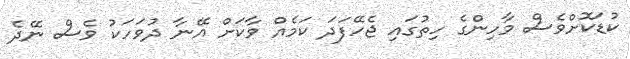
ކުޑަކޮށްވެސް މާހިންގެ ހިތުގައި ޖެހޭފަދަ ކަމެއް ވާކަށް އޭނާ ދުވަހަކު ވެސް ނޭދެ